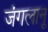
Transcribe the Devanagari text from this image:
जंगलानू